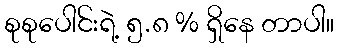
စုစုပေါင်းရဲ့ ၅.၈ % ရှိနေ တာပါ။